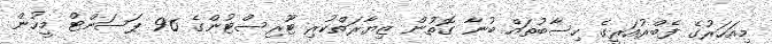
މިއަހަރުގެ ފެބްރުއަރީގެ ހިސާބުތައް ބުނާ ގޮތުން ޒިޔާރަތްކުރި ޓޫރިސްޓުންގެ 96 ޕަސަންޓް މީހުން